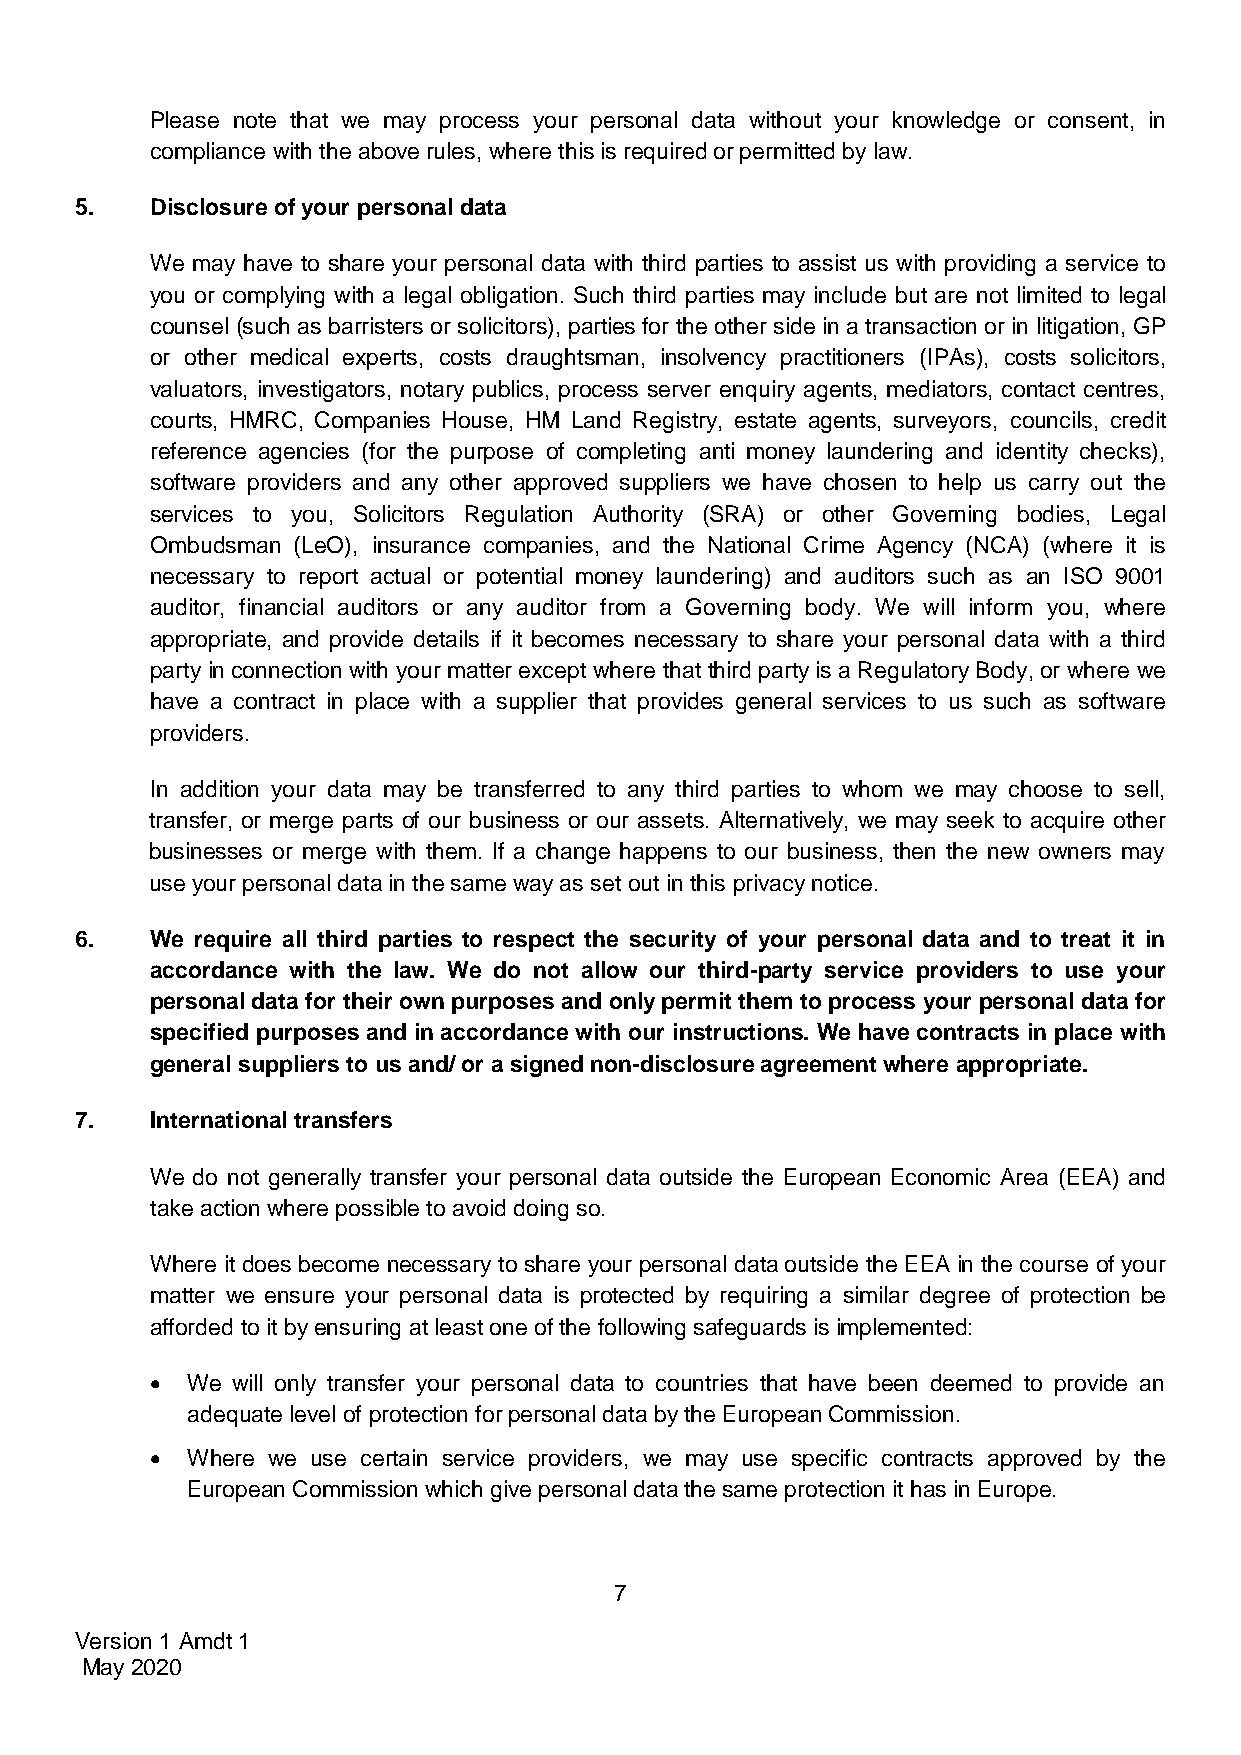
Please note that we may process your personal data without your knowledge or consent, in
 compliance with the above rules, where this is required or permitted by law.
 5.   Disclosure of your personal data
 We may have to share your personal data with third parties to assist us with providing a service to
 you or complying with a legal obligation. Such third parties may include but are not limited to legal
 counsel (such as barristers or solicitors), parties for the other side in a transaction or in litigation, GP
 or other medical experts, costs draughtsman, insolvency practitioners (IPAs), costs solicitors,
 valuators, investigators, notary publics, process server enquiry agents, mediators, contact centres,
 courts, HMRC, Companies House, HM Land Registry, estate agents, surveyors, councils, credit
 reference agencies (for the purpose of completing anti money laundering and identity checks),
 software providers and any other approved suppliers we have chosen to help us carry out the
 services to you, Solicitors Regulation Authority (SRA) or other Governing bodies, Legal
 Ombudsman (LeO), insurance companies, and the National Crime Agency (NCA) (where it is
 necessary to report actual or potential money laundering) and auditors such as an ISO 9001
 auditor, financial auditors or any auditor from a Governing body. We will inform you, where
 appropriate, and provide details if it becomes necessary to share your personal data with a third
 party in connection with your matter except where that third party is a Regulatory Body, or where we
 have a contract in place with a supplier that provides general services to us such as software
 providers.
 In addition your data may be transferred to any third parties to whom we may choose to sell,
 transfer, or merge parts of our business or our assets. Alternatively, we may seek to acquire other
 businesses or merge with them. If a change happens to our business, then the new owners may
 use your personal data in the same way as set out in this privacy notice.
 6.   We require all third parties to respect the security of your personal data and to treat it in
 accordance with the law. We do not allow our third-party service providers to use your
 personal data for their own purposes and only permit them to process your personal data for
 specified purposes and in accordance with our instructions. We have contracts in place with
 general suppliers to us and/ or a signed non-disclosure agreement where appropriate.
 7.   International transfers
 We do not generally transfer your personal data outside the European Economic Area (EEA) and
 take action where possible to avoid doing so.
 Where it does become necessary to share your personal data outside the EEA in the course of your
 matter we ensure your personal data is protected by requiring a similar degree of protection be
 afforded to it by ensuring at least one of the following safeguards is implemented:
  We will only transfer your personal data to countries that have been deemed to provide an
 adequate level of protection for personal data by the European Commission.
  Where we use certain service providers, we may use specific contracts approved by the
 European Commission which give personal data the same protection it has in Europe.
 7
 Version 1 Amdt 1
 May 2020